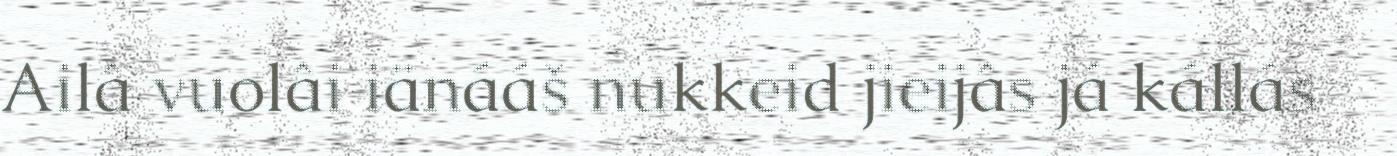
Ailâ vuolâi iänááš nukkeid jieijâs já kállás